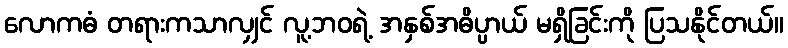
လောကဓံ တရားကသာလျှင် လူ့ဘဝရဲ့ အနှစ်အဓိပ္ပာယ် မရှိခြင်းကို ပြသနိုင်တယ်။